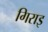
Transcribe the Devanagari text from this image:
गिराइ